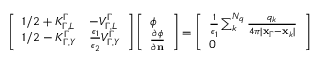
\begin{array} { r } { \left[ \begin{array} { l l } { 1 / 2 + K _ { \Gamma , L } ^ { \Gamma } } & { - V _ { \Gamma , L } ^ { \Gamma } } \\ { 1 / 2 - K _ { \Gamma , Y } ^ { \Gamma } } & { \frac { \epsilon _ { 1 } } { \epsilon _ { 2 } } V _ { \Gamma , Y } ^ { \Gamma } } \end{array} \right] \left[ \begin{array} { l } { \phi } \\ { \frac { \partial \phi } { \partial \mathbf { n } } } \end{array} \right] = \left[ \begin{array} { l } { \frac { 1 } { \epsilon _ { 1 } } \sum _ { k } ^ { N _ { q } } \frac { q _ { k } } { 4 \pi | \mathbf { x } _ { \Gamma } - \mathbf { x } _ { k } | } } \\ { 0 } \end{array} \right] } \end{array}